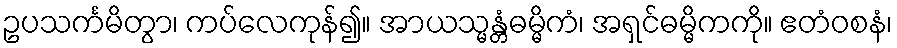
ဥပသင်္ကမိတွာ၊ ကပ်လေကုန်၍။ အာယသ္မန္တံဓမ္မိကံ၊ အရှင်ဓမ္မိကကို။ ဧတံဝစနံ၊